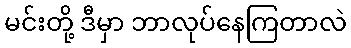
မင်းတို့ ဒီမှာ ဘာလုပ်နေကြတာလဲ